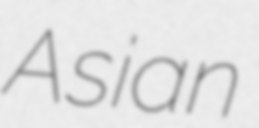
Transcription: Asian